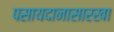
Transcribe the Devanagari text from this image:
पसायदानासारखा